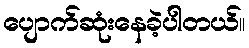
ပျောက်ဆုံးနေခဲ့ပါတယ်။